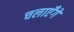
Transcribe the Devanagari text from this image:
चलाएँगे